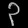
Digit: ၃